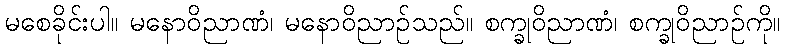
မစေခိုင်းပါ။ မနောဝိညာဏံ၊ မနောဝိညာဉ်သည်။ စက္ခုဝိညာဏံ၊ စက္ခုဝိညာဉ်ကို။